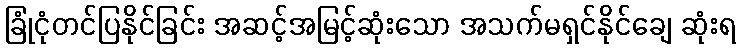
ခြုံငုံတင်ပြနိုင်ခြင်း အဆင့်အမြင့်ဆုံးသော အသက်မရှင်နိုင်ချေ ဆုံးရ